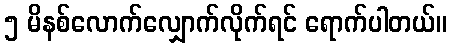
၅ မိနစ်လောက်လျှောက်လိုက်ရင် ရောက်ပါတယ်။